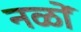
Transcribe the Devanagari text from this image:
नळों